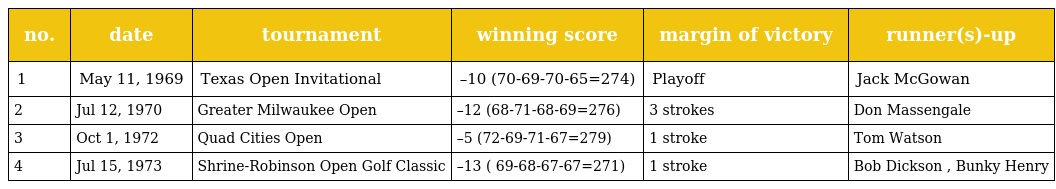
| no. | date | tournament | winning score | margin of victory | runner(s)-up |
 | --- | --- | --- | --- | --- | --- |
 | 1 | May 11, 1969 | Texas Open Invitational | –10 (70-69-70-65=274) | Playoff | Jack McGowan |
 | 2 | Jul 12, 1970 | Greater Milwaukee Open | –12 (68-71-68-69=276) | 3 strokes | Don Massengale |
 | 3 | Oct 1, 1972 | Quad Cities Open | –5 (72-69-71-67=279) | 1 stroke | Tom Watson |
 | 4 | Jul 15, 1973 | Shrine-Robinson Open Golf Classic | –13 ( 69-68-67-67=271) | 1 stroke | Bob Dickson , Bunky Henry |